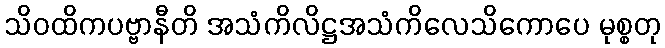
သိဝထိကပဗ္ဗာနီတိ အသံကိလိဋ္ဌအသံကိလေသိကောပေ မုစ္စတု